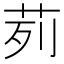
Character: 茢